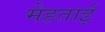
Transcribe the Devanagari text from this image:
मेहताई